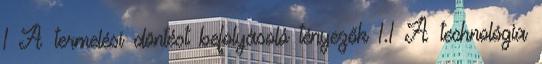
1 A termelési döntést befolyásoló tényezők 1.1 A technológia